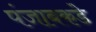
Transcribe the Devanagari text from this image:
पंजाबकडे